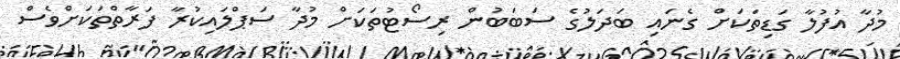
މުދާ އުފުލާ ގަޑިތަކަށް ގެނައި ބަދަލުގެ ސަބަބުން ރިސޯޓުތަކަށް މުދާ ސަޕްލައިކުރާ ފަރާތްތަކަށްވެސް